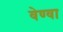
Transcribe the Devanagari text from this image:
वेण्वा